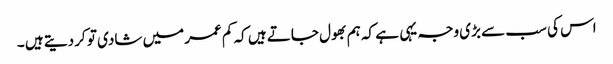
اس کی سب سے بڑی وجہ یہی ہے کہ ہم بھول جاتے ہیں کہ کم عمر میں شادی تو کر دیتے ہیں ۔